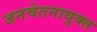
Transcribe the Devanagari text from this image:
जनचेतनायुक्त